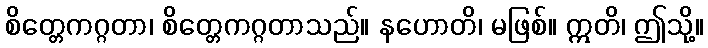
စိတ္တေကဂ္ဂတာ၊ စိတ္တေကဂ္ဂတာသည်။ နဟောတိ၊ မဖြစ်။ ဣတိ၊ ဤသို့။